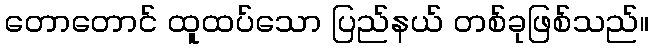
တောတောင် ထူထပ်သော ပြည်နယ် တစ်ခုဖြစ်သည်။